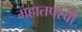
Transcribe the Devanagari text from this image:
महातपस्वी